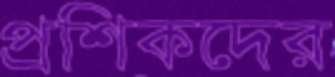
প্রশিকদের